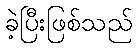
ခဲ့ပြီးဖြစ်သည်